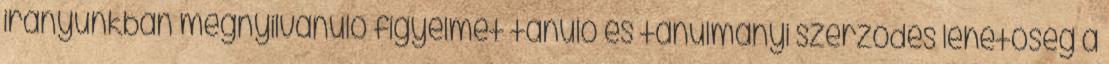
irányunkban megnyilvánuló figyelmét tanuló és tanulmányi szerződés lehetőség a